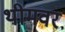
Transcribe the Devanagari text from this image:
थीमवर